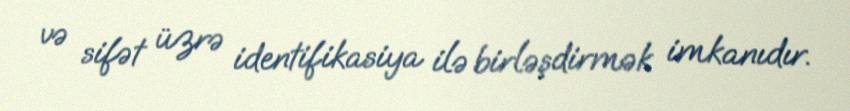
və sifət üzrə identifikasiya ilə birləşdirmək imkanıdır.